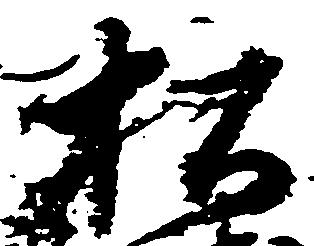
松